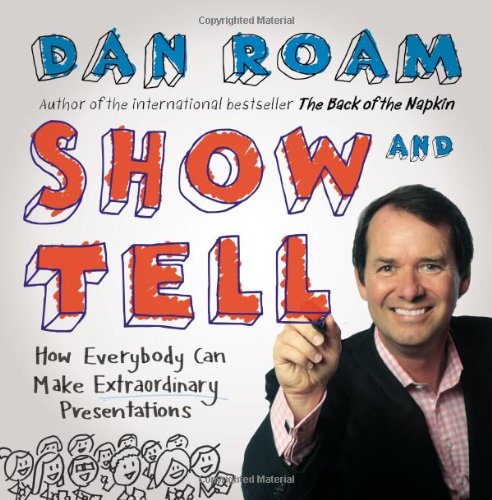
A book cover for Show and Tell: How Everybody Can Make Extraordinary Presentations; Dan Roam; Business & Money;